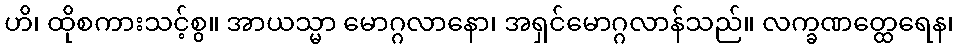
ဟိ၊ ထိုစကားသင့်စွ။ အာယသ္မာ မောဂ္ဂလာနော၊ အရှင်မောဂ္ဂလာန်သည်။ လက္ခဏတ္ထေရေန၊